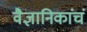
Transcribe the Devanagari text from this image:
वैज्ञानिकांचं